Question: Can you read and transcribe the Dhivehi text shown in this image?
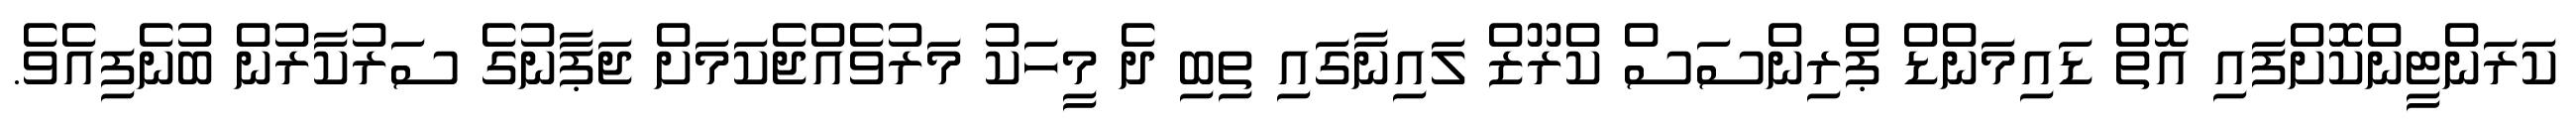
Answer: ކަރަންޓީންކޮށްފައި އޮތް ޑައިމަންޑް ޕްރިންސަސް ކްރޫޒް ލައިނާގައި ތިބި ދެ މީހަކު މަރުވެއްޖެކަމަށް ޖަޕާނުގެ ސަރުކާރުން ބުނެފިއެވެ.